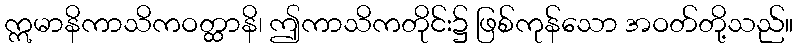
ဣမာနိကာသိကဝတ္ထာနိ၊ ဤကာသိကတိုင်း၌ ဖြစ်ကုန်သော အဝတ်တို့သည်။